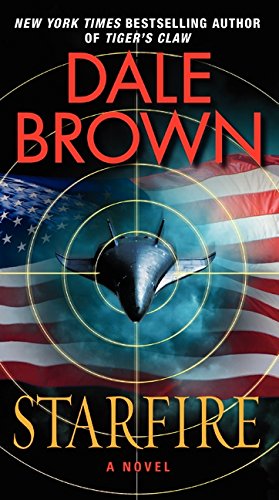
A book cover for Starfire: A Novel; Dale Brown; Mystery, Thriller & Suspense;